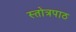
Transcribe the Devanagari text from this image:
स्तोत्रपाठ